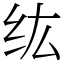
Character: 纮